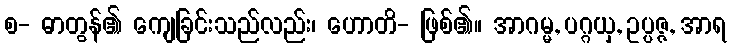
စ- ဓာတွန်၏ ကျေခြင်းသည်လည်း၊ ဟောတိ- ဖြစ်၏။ အာဂမ္မ, ပဂ္ဂယှ, ဥပ္ပဇ္ဇ, အာရ